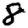
Digit: 8